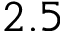
2 . 5